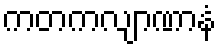
ကတကလျာဏာနံ